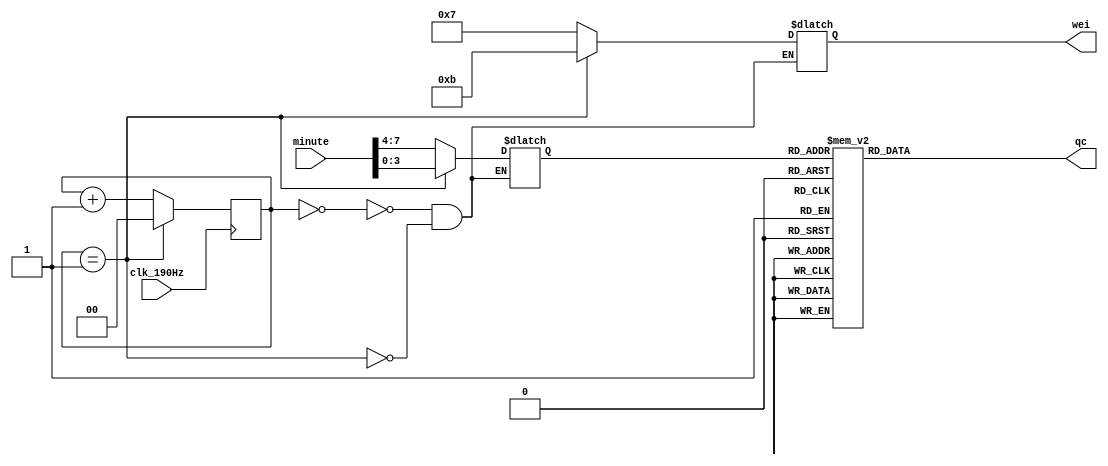
`timescale 1ns / 1ps
//////////////////////////////////////////////////////////////////////////////////
// Company: 
// Engineer: 
// 
// Design Name: 
// Module Name:    wei 
// Project Name: 
// Target Devices: 
// Tool versions: 
// Description: 
//
// Dependencies: 
//
// Revision: 
// Revision 0.01 - File Created
// Additional Comments: 
//
//////////////////////////////////////////////////////////////////////////////////
module wei(
		input clk_190Hz,
		input [7:0] minute,
		output reg[3:0] wei,
		output reg[7:0] qc
);
reg [1:0] cont;
reg [3:0] qout;
always@(posedge clk_190Hz)
begin
if (cont==2'b01)
	cont<=2'b00;
else cont<=cont+1;
end
always@(cont)begin
case(cont)
2'b00:
	begin wei=4'b0111;
		qout=minute[7:4]; end
2'b01: 
	begin wei=4'b1011;
		qout=minute[3:0]; end

endcase 
end
always@(qout)
case(qout)
	4'b0000:qc=8'b11000000;
	4'b0001:qc=8'b11111001;
	4'b0010:qc=8'b10100100;
	4'b0011:qc=8'b10110000;
	4'b0100:qc=8'b10011001;
	4'b0101:qc=8'b10010010;
	4'b0110:qc=8'b10000010;
	4'b0111:qc=8'b11111000;
	4'b1000:qc=8'b10000000;
	4'b1001:qc=8'b10010000;
	default:qc=8'b11000000;
endcase
endmodule